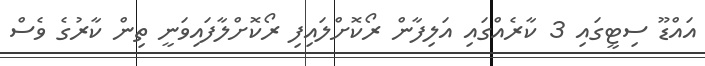
އައްޑޫ ސިޓީގައި 3 ކާރެއްގައި އަލިފާން ރޯކޮށްލައިފި ރޯކޮށްލާފައިވަނީ ތިން ކާރުގެ ވެސް